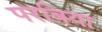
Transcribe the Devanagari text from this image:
परबिया